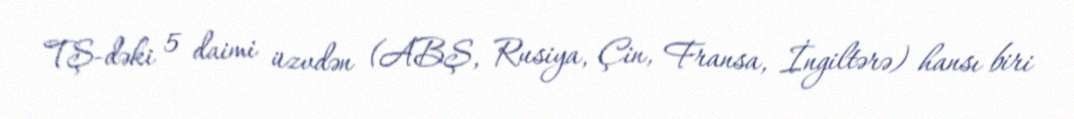
TŞ-dəki 5 daimi üzvdən (ABŞ, Rusiya, Çin, Fransa, İngiltərə) hansı biri